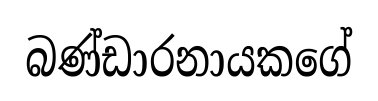
බණ්ඩාරනායකගේ